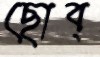
ছোব্‌